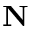
{ \bf N }